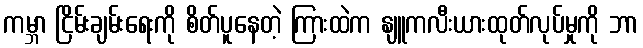
ကမ္ဘာ ငြိမ်းချမ်းရေးကို စိတ်ပူနေတဲ့ ကြားထဲက နျူကလီးယားထုတ်လုပ်မှုကို ဘာ